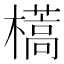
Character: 𣝏